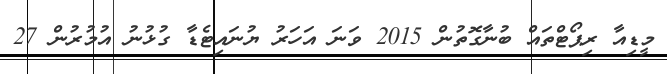
މީޑިއާ ރިޕޯޓްތައް ބުނާގޮތުން 2015 ވަނަ އަހަރު ޔުނައިޓެޑާ ގުޅުނު އުމުރުން 27